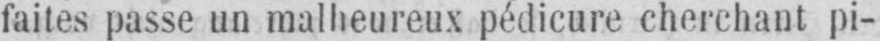
faites passe un malheureux pédicure cherchant pi-